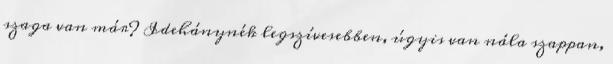
szaga van már? Idehánynék legszívesebben, úgyis van nála szappan,